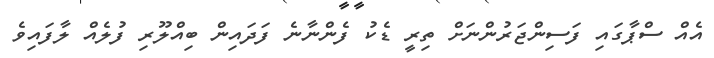
އެއް ސްޕާގައި ފަސިންޖަރުންނަށް ތިރީ ޑެކު ފެންނާނެ ފަދައިން ބިއްލޫރި ފުލެއް ލާފައިވެ